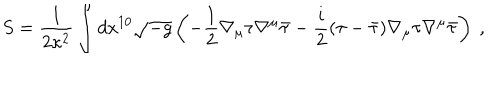
S = \frac { 1 } { 2 \kappa ^ { 2 } } \int d x ^ { 1 0 } \sqrt { - g } \left( - \frac { 1 } { 2 } \nabla _ { \mu } \tau \nabla ^ { \mu } \bar { \tau } - \frac { i } { 2 } ( \tau - \bar { \tau } ) \nabla _ { \mu } \tau \nabla ^ { \mu } \bar { \tau } \right) ~ ,